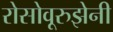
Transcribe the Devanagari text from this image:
रोसोवूरुझेनी